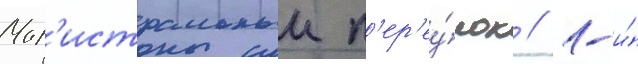
Маг'истральныи п'ер'еу́лок // 1-и́